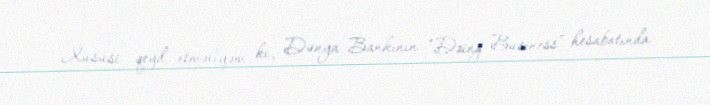
Xüsusi qeyd etməliyəm ki, Dünya Bankının “Doing Business” hesabatında